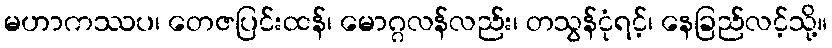
မဟာကဿပ၊ တေဇပြင်းထန်၊ မောဂ္ဂလန်လည်း၊ တသွန်ငုံရင့်၊ နေခြည်လင့်သို့။